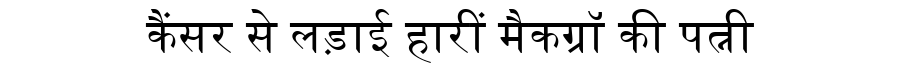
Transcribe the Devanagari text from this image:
कैंसर से लड़ाई हारीं मैकग्रॉ की पत्नी